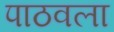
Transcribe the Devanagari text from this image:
पाठवला